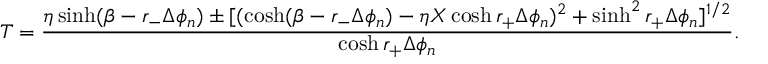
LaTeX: T = { \frac { \eta \sinh ( \beta - r _ { - } \Delta \phi _ { n } ) \pm [ ( \cosh ( \beta - r _ { - } \Delta \phi _ { n } ) - \eta X \cosh r _ { + } \Delta \phi _ { n } ) ^ { 2 } + \sinh ^ { 2 } r _ { + } \Delta \phi _ { n } ] ^ { 1 / 2 } } { \cosh r _ { + } \Delta \phi _ { n } } } .